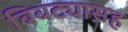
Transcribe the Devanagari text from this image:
बिबट्यासह